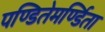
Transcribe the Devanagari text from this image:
पण्डितेमर्ण्डिता